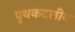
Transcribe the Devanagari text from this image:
पृथकदलीय